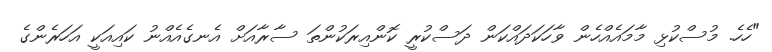
"ހެހެ. މުސްކުޅި މާމައެއްހެން ވާހަކަދައްކަން ދަސްކުރީ ކޮންއިރަކުންތަ ސާރާއަށް އެނގެއެއްނު ކައިއަކީ އަހަރެންގެ